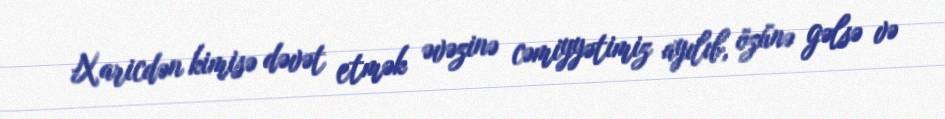
Xaricdən kimisə dəvət etmək əvəzinə cəmiyyətimiz ayılıb, özünə gəlsə və